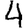
Digit: 4